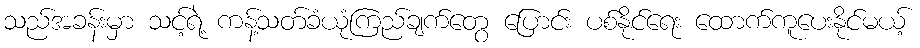
သည်အခန်းမှာ သင့်ရဲ့ ကန့်သတ်ခံယုံကြည်ချက်တွေ ပြောင်း ပစ်နိုင်ရေး ထောက်ကူပေးနိုင်မယ့်